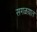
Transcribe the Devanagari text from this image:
सगळय़ात